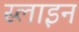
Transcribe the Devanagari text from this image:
स्लाइन